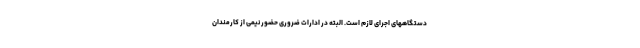
دستگاههای اجرای لازم است. البته در ادارات ضروری حضور نیمی از کارمندان